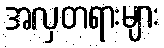
အလှတရားများ